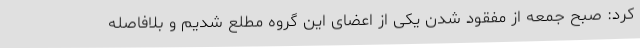
کرد: صبح جمعه از مفقود شدن یکی از اعضای این گروه مطلع شدیم و بلافاصله